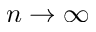
n \to \infty